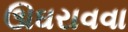
ઊઘરાવવા